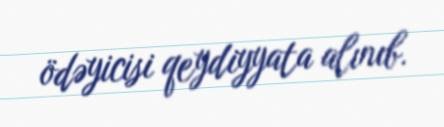
ödəyicisi qeydiyyata alınıb.